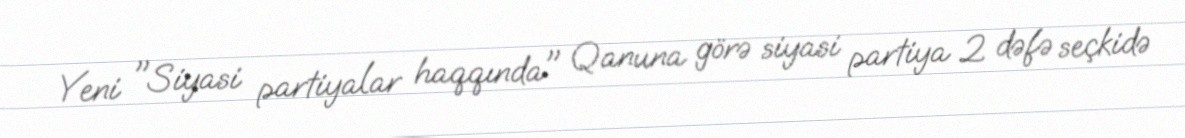
Yeni "Siyasi partiyalar haqqında" Qanuna görə siyasi partiya 2 dəfə seçkidə